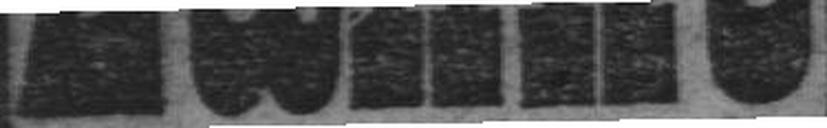
Zähne